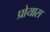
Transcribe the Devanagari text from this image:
प्रोयास